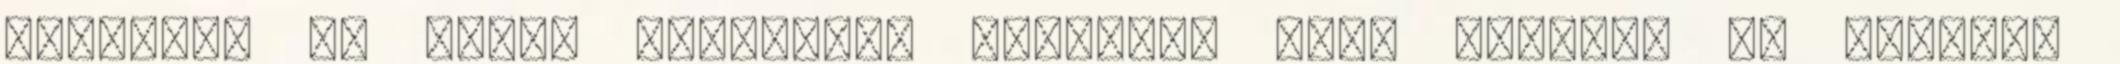
elnyomom az aljas vágyakat. Egyszer, csak egyszer az életben